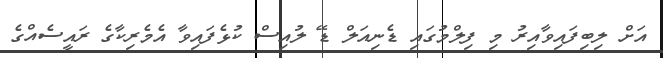
އަށް ލިބިފައިވާއިރު މި ފިލްމުގައި ޑެނިއަލް ޑޭ ލުއިސް ކުޅެފައިވާ އެމެރިކާގެ ރައީސެއްގެ